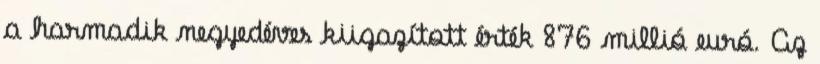
a harmadik negyedéves kiigazított érték 876 millió euró. Az